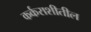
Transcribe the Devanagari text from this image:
कर्कराशीतील